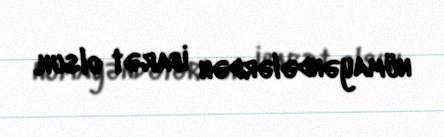
nümayəndələrdən ibarət olsun.